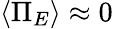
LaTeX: \langle\Pi_{E}\rangle\approx 0